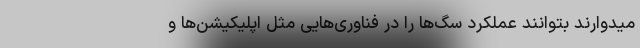
میدوارند بتوانند عملکرد سگ‌ها را در فناوری‌هایی مثل اپلیکیشن‌ها و